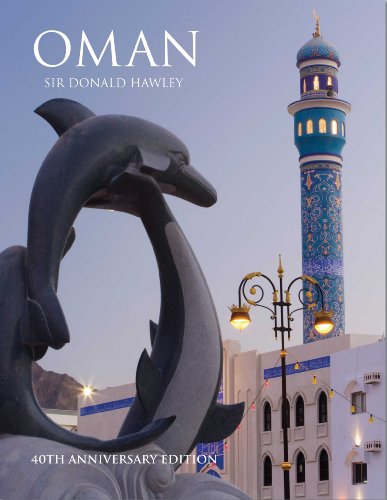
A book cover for Oman; Donald Hawley; History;